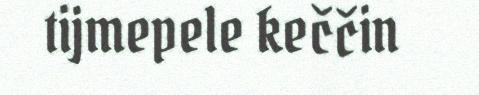
tijmepele keččin